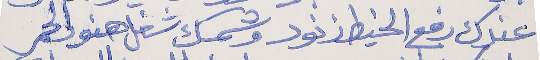
عندك رفع الخيط  زنود      وشمسك شغل هنود الحمر